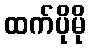
ထက်ပိုမို